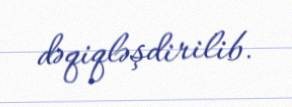
dəqiqləşdirilib.